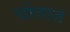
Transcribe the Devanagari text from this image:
चोलाज़